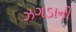
ઝગડાની